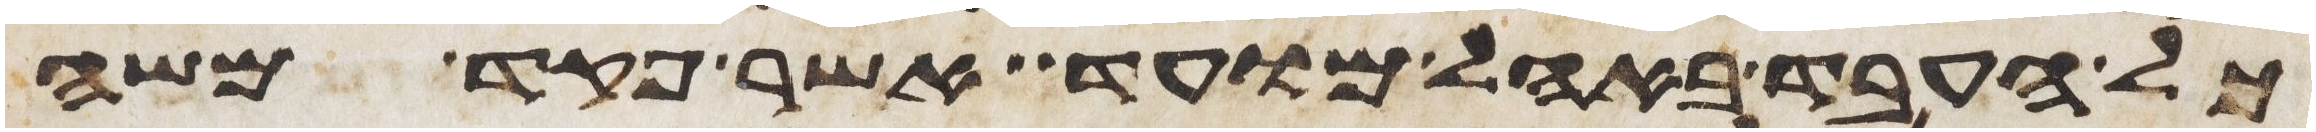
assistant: כל העבד באהל מועד אשר פקד משה